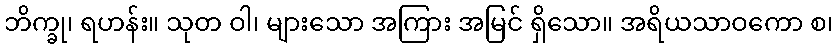
ဘိက္ခု၊ ရဟန်း။ သုတ ဝါ၊ များသော အကြား အမြင် ရှိသော။ အရိယသာဝကော စ၊